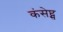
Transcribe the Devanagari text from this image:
कंसेप्ट्स